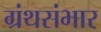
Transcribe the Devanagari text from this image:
ग्रंथसंभार